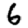
Digit: 6